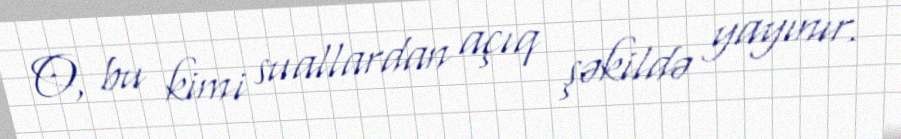
O, bu kimi suallardan açıq şəkildə yayınır.